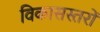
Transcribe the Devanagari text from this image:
विकासस्तरों